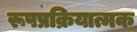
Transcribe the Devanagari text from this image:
रूपप्रक्रियात्मक